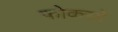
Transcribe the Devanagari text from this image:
फोकसों